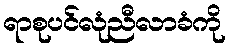
ရာစုပင်လုံညီလာခံကို